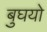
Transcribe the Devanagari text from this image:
बुघयो